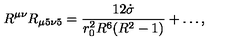
R ^ { \mu \nu } R _ { \mu 5 \nu 5 } = \frac { 1 2 \dot { \sigma } } { r _ { 0 } ^ { 2 } R ^ { 6 } ( R ^ { 2 } - 1 ) } + \ldots ,